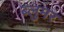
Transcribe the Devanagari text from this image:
ब्लुमर